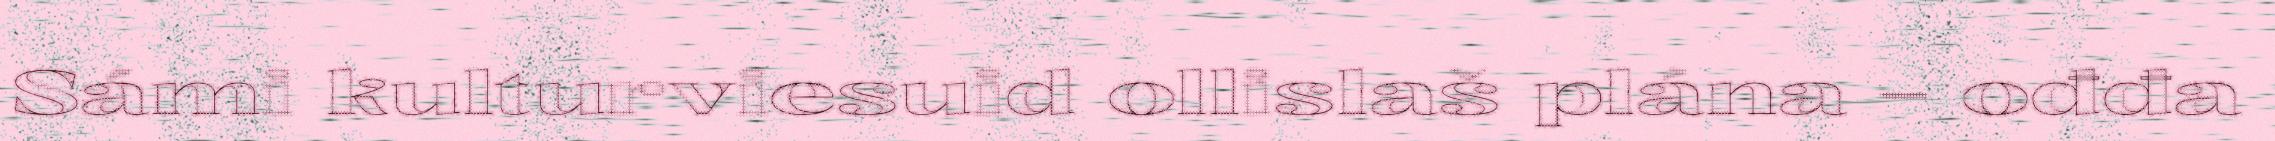
Sámi kulturviesuid ollislaš plána – ođđa